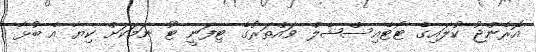
އޮރެންޖު ކުލައިގެ ޓޯޓެއިސްޝެލް ވައްތަރުގެ ޓިފަނީ ޓޫ ނަމަކަށް ކިޔާ އެ ބުޅާ